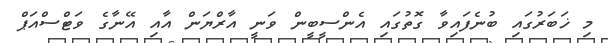
މި ޚަބަރުގައި ބުނެފައިވާ ގޮތުގައި އެންސީބީން ވަނީ އާރްޔަން އާއި އޭނާގެ ވަޓްސްއަޕް